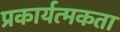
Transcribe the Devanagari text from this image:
प्रकार्यत्मकता